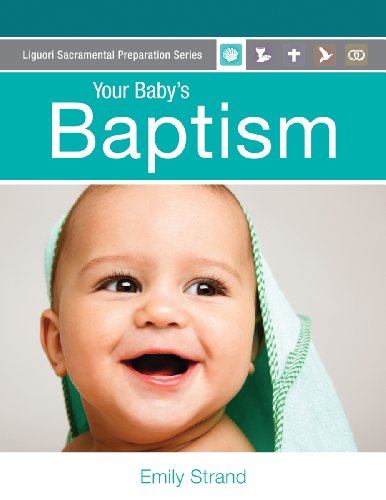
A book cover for Your Baby's Baptism (Liguori Sacramental Preparation Series); Emily Strand; Christian Books & Bibles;